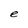
Character: e